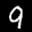
Label: 9